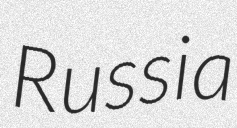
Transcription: Russia